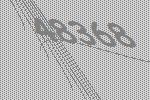
48368